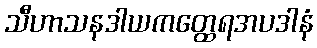
သီဟာသနဒါယကတ္ထေရအပဒါနံ